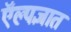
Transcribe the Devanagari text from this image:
ऍल्पज्ञात